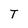
Character: T